Civil Veterinary Dept. Bombay admin report 1923-31 - 1923-1931
Year: 1923
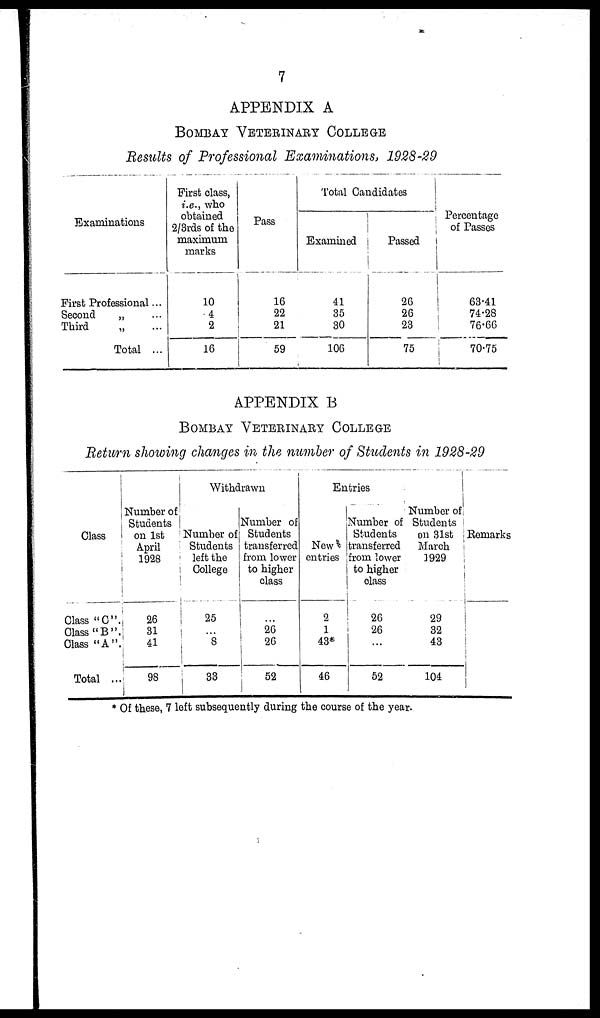
7
APPENDIX A
BOMBAY VETERINARY COLLEGE
Results of Professional Examinations, 1928-29
Examinations
First Professional ...
Second
„ ...
Third
„ ...
Total ...
First class,
i.e., who
obtained
2/3rds of the
maximum
marks
10
4
2
16
Pass
16
22
21
59
Total Candidates
Examined
41
35
30
106
Passed
26
26
23
75
Percentage
of Passes
63.41
74.28
76.66
70.75
APPENDIX B
BOMBAY VETERINARY COLLEGE
Return showing changes in the number of Students in 1928-29
Class
Class "C".
Class "B".
Class "A".
Total ...
Number of
Students
on 1st
April
1928
26
31
41
98
Withdrawn
Number of
Students
left the
College
25
...
8
33
Number of
Students
transferred
from lower
to higher
class
...
26
26
52
Entries
New
entries
2
1
43*
46
Number of
Students
transferred
from lower
to higher
class
26
26
...
52
Number of
Students
on 31st
March
3929
29
32
43
104
Remarks
* Of these, 7 left subsequently during the course of the year.